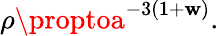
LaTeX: \rho\proptoa^{-3(1+\mathbf{w})}.